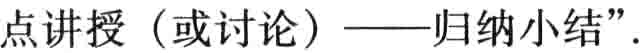
点讲授（或讨论）——归纳小结”